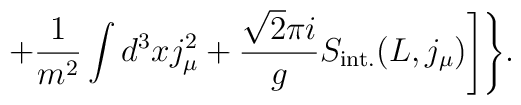
+\frac{1}{m^2}\int d^3xj_\mu^2+\frac{\sqrt{2}\pi i}{g}S_{\rm int.}(L, j_\mu)\Biggr]\Biggr\}.